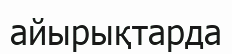
айырықтарда